Account of plague administration in the Bombay Presidency from September 1896 till May 1897
Year: 1896
Disease focus: Plague
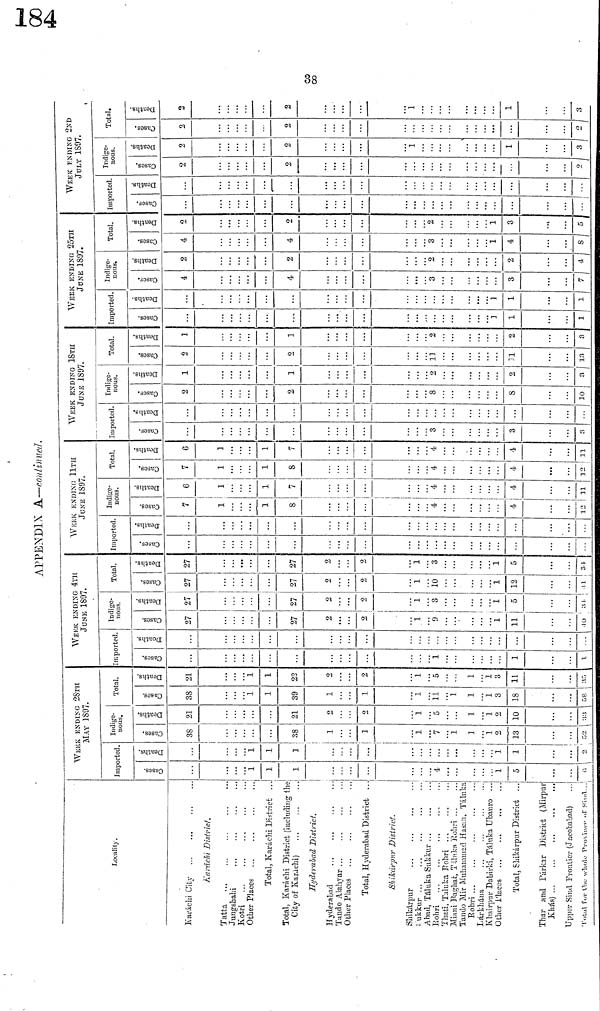
38
APPENDIX A.—continued
Locality.
Karáchi City ... ...
Karachi District.
Tatta
...
Jungsbalii
Kotri
...
Other Places
Total, Karáchi District
..
Total, Karáchi District (including the
City of Karáchi)
...
Hyderabad District.
Hyderabad
....
Tando Alahvar ...
Other Places ...
Total, Hyderabad District
Shikárpiir District.
Shikárpur
/ill/ ukkur
Abad, Táluka Sukkur ...
Rohri
...
Thati, Taluka Rohri ...
Miani Baghat, Tilnka Rohri .
Tando Mir Muhammad Hasan, Táluka
Rohri
Lárkhána
Khairpur Dabirki, Táluka Ubauro ...
Other Places
Total, Shikárpur District ...
Thar and Párkar District (Mirpur
Khás)
Upper Sind Frontier (Jacobabad)
Total For the whole
Province of Sind
WEEK ENDING 28TH
MAY 1897.
Imported.
Cases
1
1
1
4
1
5
6
1
1
1
1
1
1
2
Indige-
nous.
Cases
38
38
1
7
1
1
2
13
21
21
2
2
1
1
1
2
10
33
Total.
Cases
38
1
1
39
1
1
1
1
1
1
3
18
58
2l
1
1
22
2
2
1
1
1
3
11
35
WEEK ENDING 4TH
JUNE 1897.
Imported
Cases
1
1
1
Indige-
nous.
Cases
27
27
2
2
1
9
1
11
10
Deaths
27
27
2
2
1
3
5
31
Total.
Cases
27
27
2
2
1
10
1
12
11
Deaths
27
27
2
2
1
3
1
5
34
WEEK ENDING 11TH
JUNE 1897.
Imported
Cases Deaths
Indige-
nous.
Cases
7
1
1
8
4
4
12
Deaths
6
1
1
7
4
4
11
Total.
Cases
7
1 1
1
8
4
4
12
Deaths
6
1
7
4
4
11
WEEK ENDING 18TH
JUNE 1897.
Imported.
Cases
3
3
3
Indige-
nous.
Cases
2
2
8
8
10
1
1
2
2
3
Total.
Cases
2
2
11
11
13
1
1
2
2
3
WEEK ENDING 25TH
JUNE 1897.
Imported
Cases
1
1
1
Deaths
1
1
1
Indige-
nous.
Cases
4
4
3
3
7
2
2
2
2
4
Total.
Cases
4
4
3
1
4
8
2
2
2
1
3
5
WEEK ENDING 2ND
JULY 1897.
Imported
Cases
Deaths
Indige-
nous.
Cases
2
2
2
2
2
1
1
3
Total.
Cases
2
2
2
Deaths
2
2
1
1
3